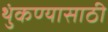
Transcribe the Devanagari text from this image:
थुंकण्यासाठी